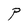
Character: P